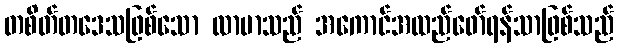
တစိတ်တဒေသဖြစ်သော လာမာသည် အကောင်အထည်ဖော်ရန်သာဖြစ်သည်